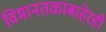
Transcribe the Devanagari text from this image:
विमानतळाबाहेरही